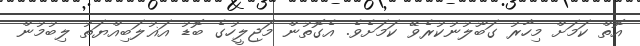
އޮތް ކަމަށް މިހާރު ގަބޫލުނުކުރެވޭ ކަމަށެވެ. އެގޮތުން މަޖިލީހުގެ ބޮޑު އަޣުލަބިއްޔަތު ލިބުމުން